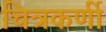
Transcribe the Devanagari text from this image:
चित्रकर्णी